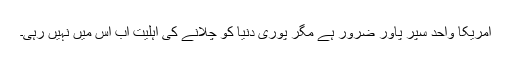
امریکا واحد سپر پاور ضرور ہے مگر پوری دنیا کو چلانے کی اہلیت اب اس میں نہیں رہی۔